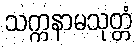
သက္ကနာမသုတ္တံ